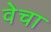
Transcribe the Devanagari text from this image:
वेचा